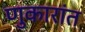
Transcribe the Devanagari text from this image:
णुकारांत